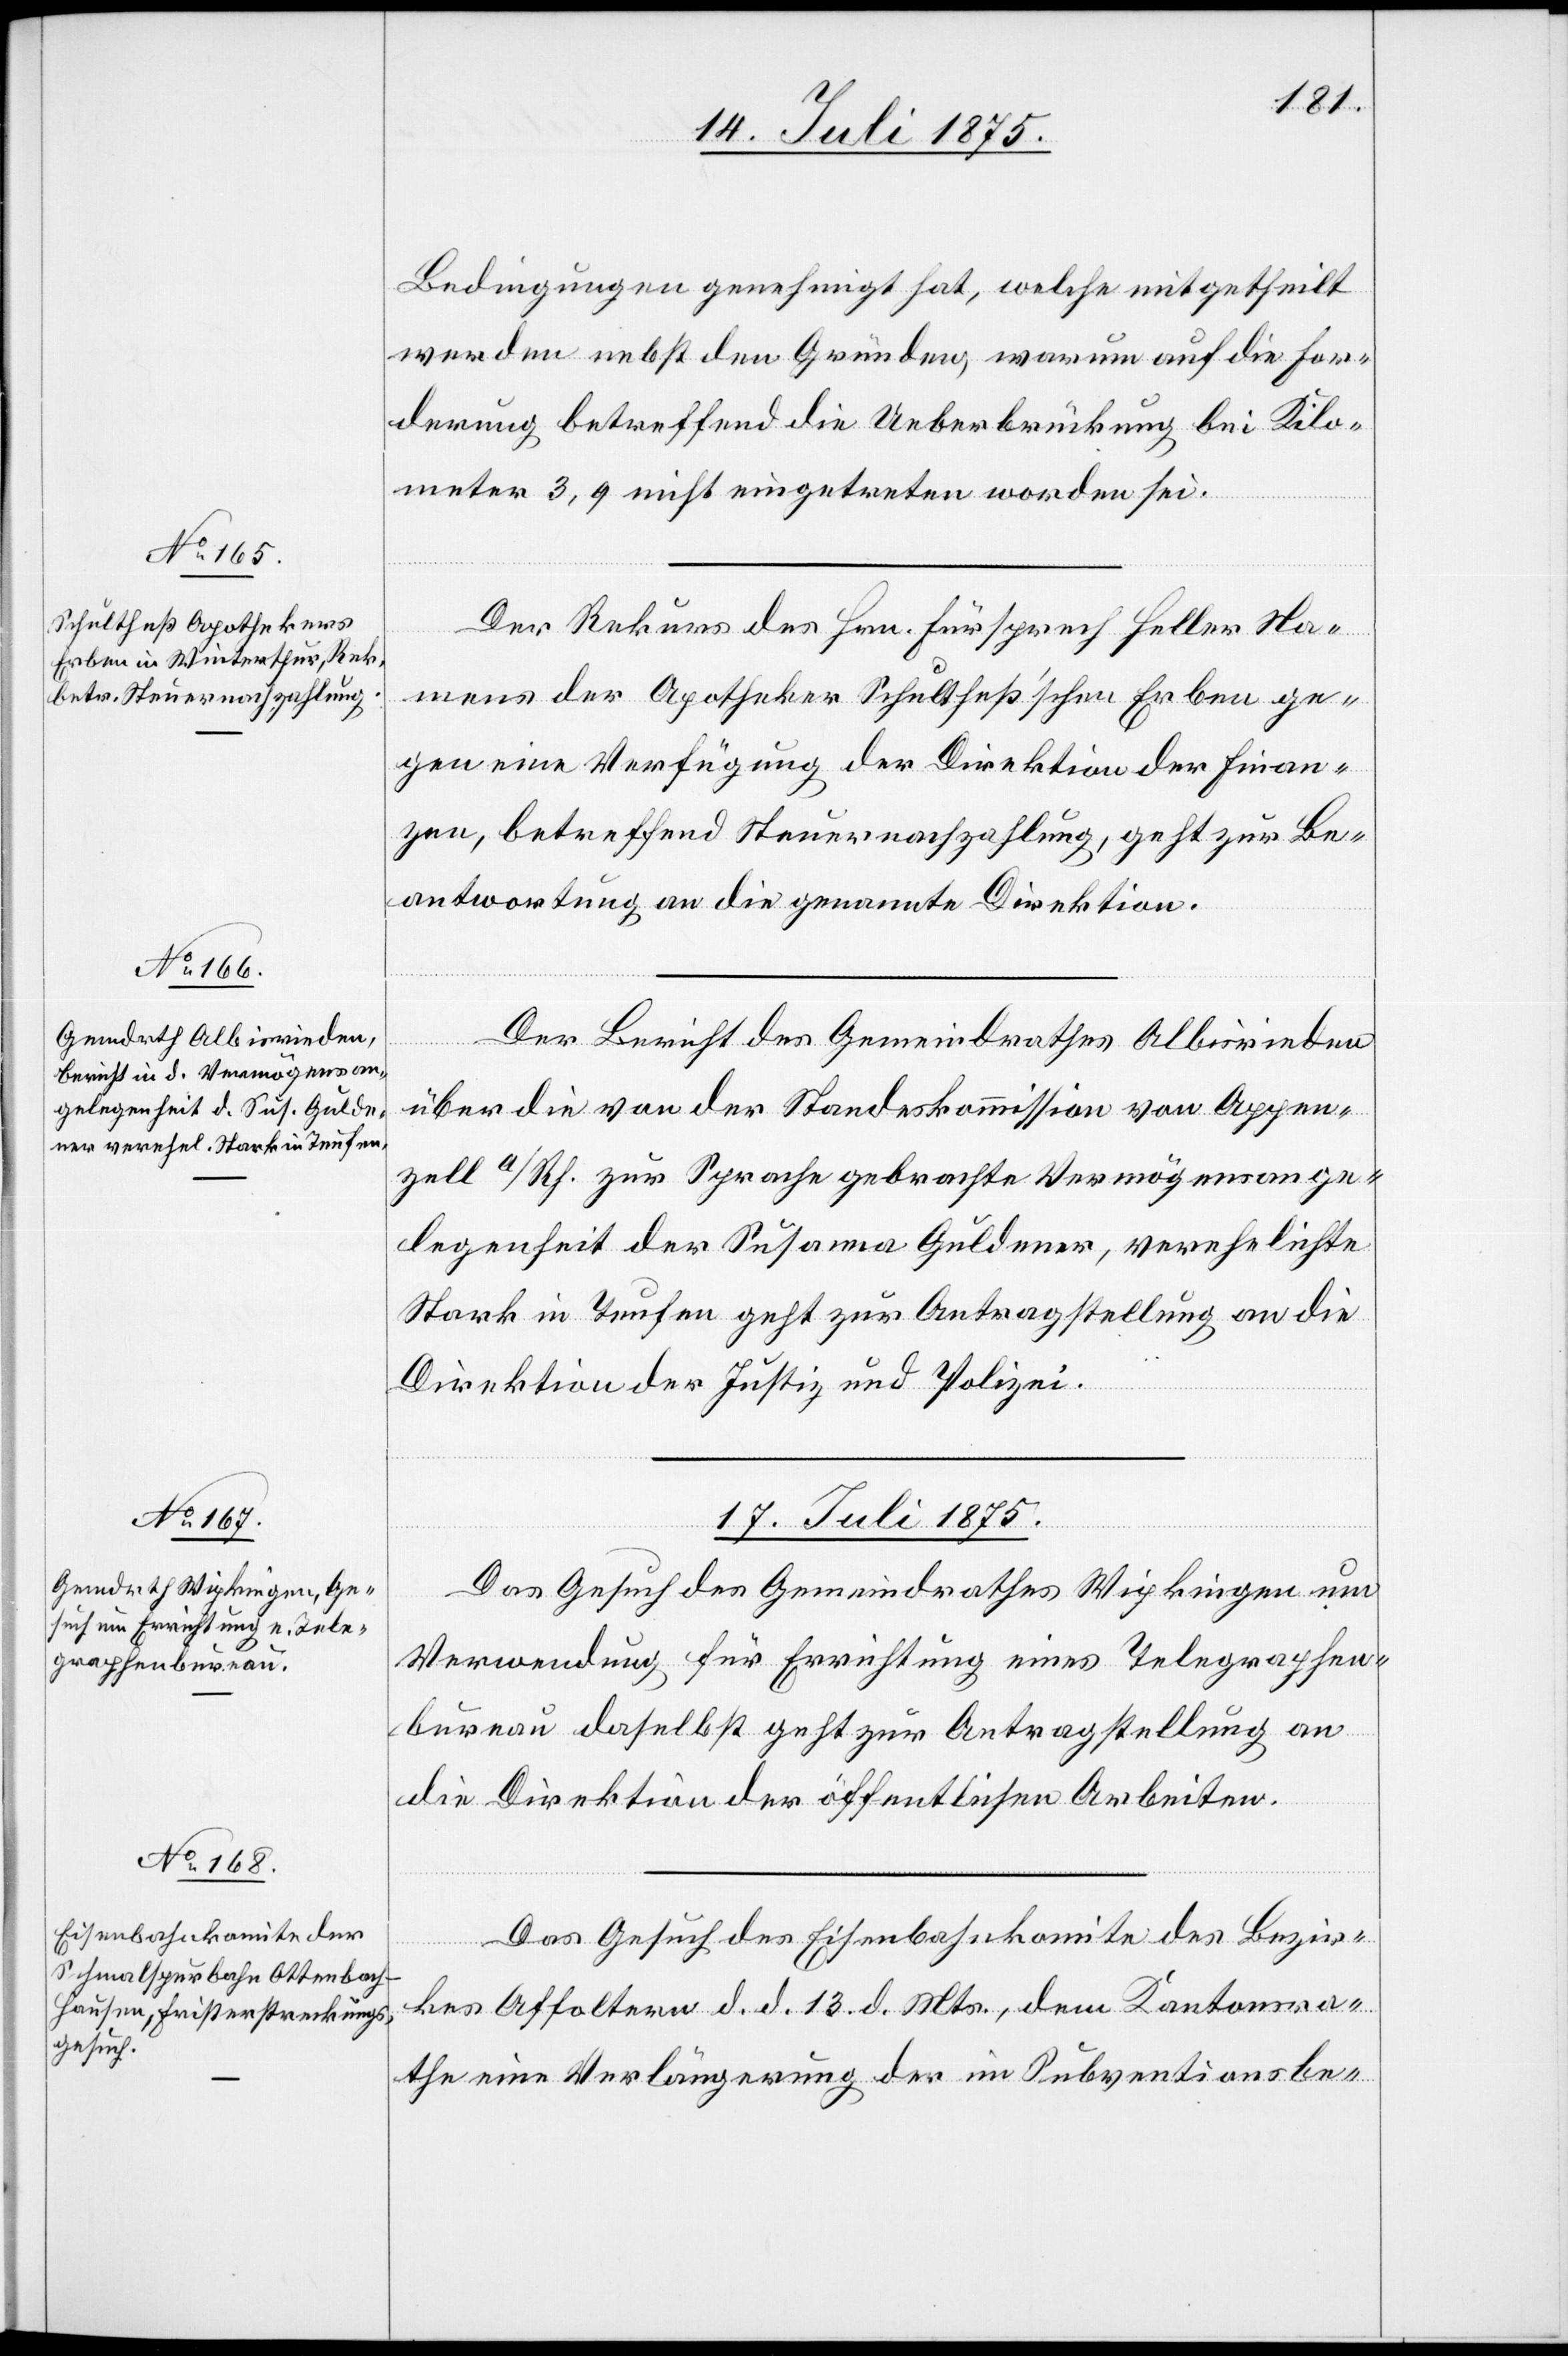
16. Juli 1875.]
Bedingungen genehmigt hat, welche mitgetheilt
werden nebst den Gründen, warum auf die For¬
derung betreffend die Ueberbrückung bei Kilo¬
meter 3,9 nicht eingetreten worden sei.
Der Rekurs des Hrn. Fürsprech Heller Na¬
mens der Apotheker Schultheß’schen Erben ge¬
gen eine Verfügung der Direktion der Finan¬
zen, betreffend Steuernachzahlung, geht zur Be¬
antwortung an die genannte Direktion.
Der Bericht des Gemeindrathes Albisrieden
über die von der Standeskommission von Appen¬
zell a/Rh. zur Sprache gebrachte Vermögensange¬
legenheit der Susanna Guldener, verehelichte
Stark in Teufen geht zur Antragstellung an die
Direktion der Justiz und Polizei.
17. Juli 1875.]
Das Gesuch des Gemeindrathes Wipkingen um
Verwendung für Errichtung eines Telegraphen¬
bureau daselbst geht zur Antragstellung an
die Direktion der öffentlichen Arbeiten.
Das Gesuch des Eisenbahnkomite des Bezir¬
kes Affoltern d. d. 13. d. Mts., dem Kantonsra¬
the eine Verlängerung der im Subventionsbe-